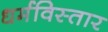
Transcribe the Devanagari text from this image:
धर्मविस्तार